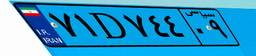
۷۱D۷۴۴۰۹